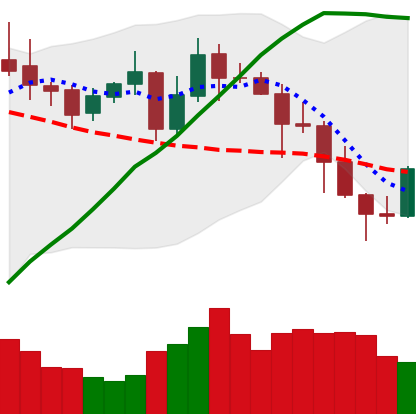
Ticker: ADA-USD
Chart end date: 2020-11-01
Forward return: 11.108%
Label: up_7plus